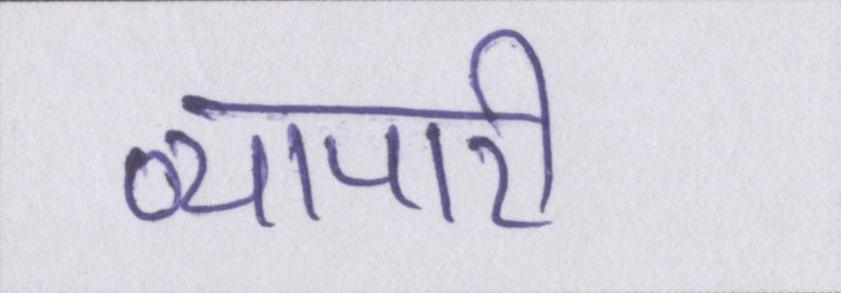
व्यापारी